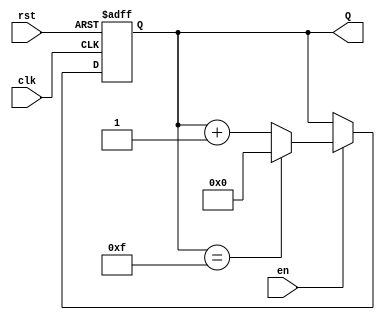
module binary_up_counter #(parameter N = 4) (
    input wire clk,            // Clock input
    input wire rst,            // Asynchronous reset input
    input wire en,             // Counter enable input
    output reg [N-1:0] Q      // N-bit counter output
);

    // Initial block to set the counter to zero on power-up
    initial begin
        Q = 0;
    end

    // Always block sensitive to rising edge of clock and asynchronous reset
    always @(posedge clk or posedge rst) begin
        if (rst) begin
            Q <= 0; // Reset the counter to 0
        end else if (en) begin
            if (Q == {N{1'b1}}) begin
                Q <= 0; // Wrap around if maximum count is reached
            end else begin
                Q <= Q + 1; // Increment the counter
            end
        end
        // If enable is low, do nothing (retain current value)
    end
    
endmodule